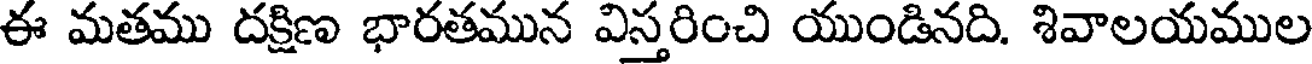
ఈ మతము దక్షిణ భారతమున విస్తరించి యుండినది. శివాలయముల